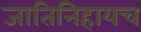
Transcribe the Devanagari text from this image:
जातिनिहायच